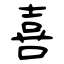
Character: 喜